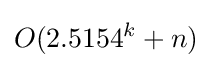
O(2.5154^{k}+n)